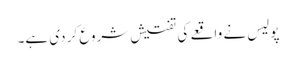
پولیس نے واقعے کی تفتیش شروع کر دی ہے۔